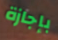
بإجازة